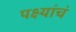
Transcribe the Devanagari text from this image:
पक्ष्यांचं